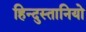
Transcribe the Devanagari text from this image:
हिन्दुस्तानियो